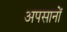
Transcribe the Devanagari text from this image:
अपसानों